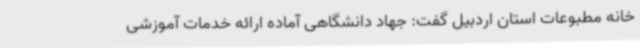
خانه مطبوعات استان اردبیل گفت: جهاد دانشگاهی آماده ارائه خدمات آموزشی